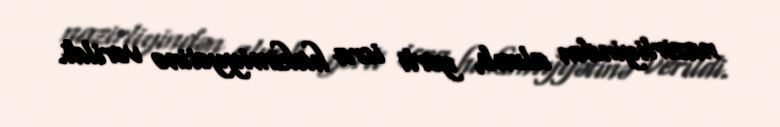
nazirliyindən alınıb, yerli icra hakimiyyətinə verildi.